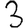
Digit: 3